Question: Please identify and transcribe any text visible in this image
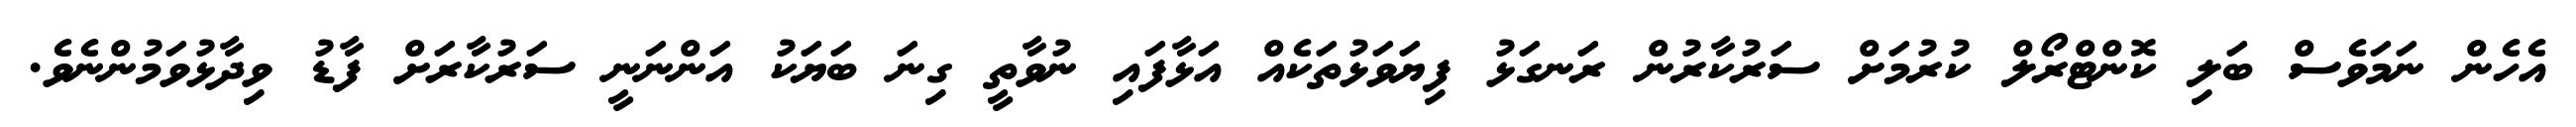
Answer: އެހެން ނަމަވެސް ބަލި ކޮންޓްރޯލް ކުރުމަށް ސަރުކާރުން ރަނގަޅު ފިޔަވަޅުތަކެއް އަޅާފައި ނުވާތީ ގިނަ ބަޔަކު އަންނަނީ ސަރުކާރަށް ފާޑު ވިދާޅުވަމުންނެވެ.